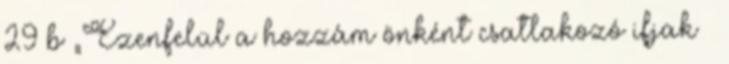
29 b „Ezenfelül a hozzám önként csatlakozó ifjak –